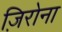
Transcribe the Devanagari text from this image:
ज़िरोना